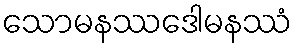
သောမနဿဒေါမနဿံ